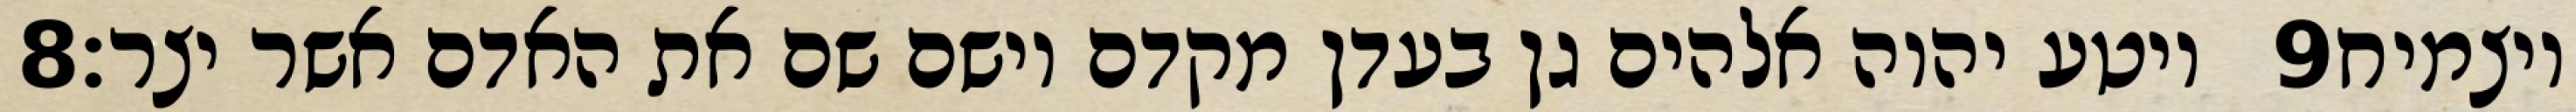
‎8‏ ויטע יהוה אלהים גן בעדן מקדם וישם שם את האדם אשר יצר׃ ‎9‏ ויצמיח